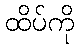
ထိပ်ကို